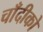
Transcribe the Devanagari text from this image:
चाँदीको